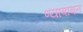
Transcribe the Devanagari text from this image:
ण्याबाबत